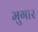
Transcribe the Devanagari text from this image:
मुगार